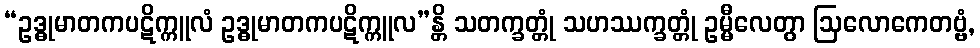
“ဥဒ္ဓုမာတကပဋိက္ကူလံ ဥဒ္ဓုမာတကပဋိက္ကူလ”န္တိ သတက္ခတ္တုံ သဟဿက္ခတ္တုံ ဥမ္မီလေတွာ ဩလောကေတဗ္ဗံ,